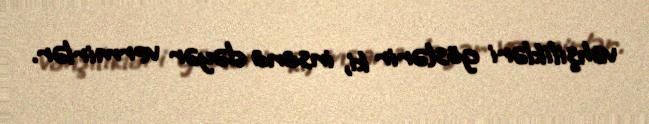
vəhşilikləri göstərir ki, insana dəyər vermirlər.